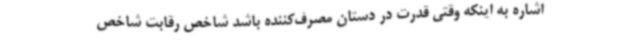
اشاره به اینکه وقتی قدرت در دستان مصرف‌کننده باشد شاخص رقابت شاخص